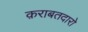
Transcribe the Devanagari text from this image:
क़राबतदारो